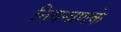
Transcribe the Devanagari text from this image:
नियन्त्रणके